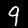
Digit: 9